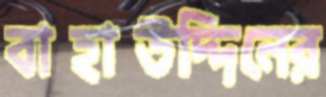
বাহাউদ্দিনের